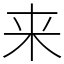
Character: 来